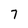
Character: 7